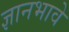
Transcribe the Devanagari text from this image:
ज्ञानभावे